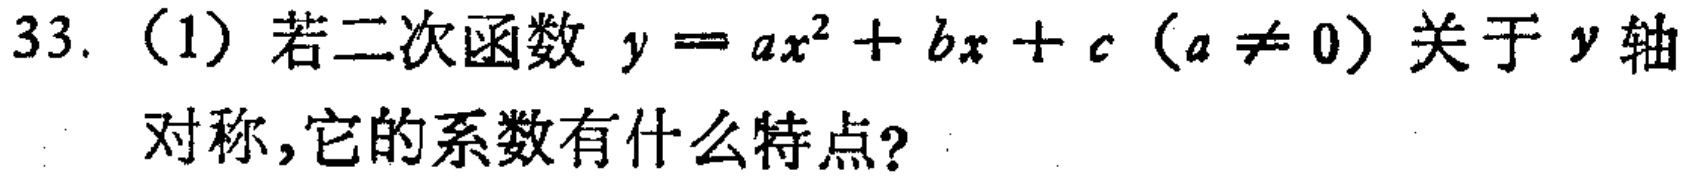
33.（1）若二次函数 \(y = ax^{2}+bx + c\)（\(a\neq 0\)）关于 \(y\) 轴对称，它的系数有什么特点？